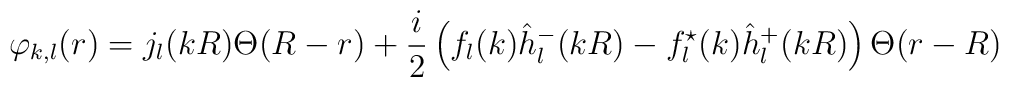
\varphi_{k,l}(r)= j_l(kR)\Theta (R-r)+\frac i2\left(f_l(k)\hat h^-_l(kR)-f^{\star}_l(k)\hat h^+_l(kR)\right)\Theta (r-R)